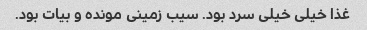
غذا خیلی خیلی سرد بود. سیب زمینی مونده و بیات بود.